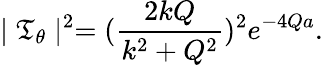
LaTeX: \mid\mathfrak{T}_{\theta}\mid^{2}=(\frac{{2kQ}}{{k^{2}+Q^{2}}})^{2}e^{-4Qa}.